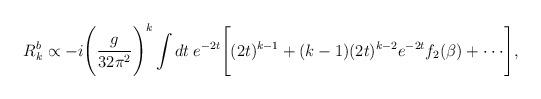
LaTeX: \begin{align*}R_{k}^b \propto -i\Bigg(\frac{g}{32\pi^2}\Bigg)^k \int dt \: e^{-2t} \Bigg[(2t)^{k-1}+(k-1)(2t)^{k-2}e^{-2t}f_2(\beta) +\cdot\cdot\cdot \Bigg],\end{align*}